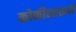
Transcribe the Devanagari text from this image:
कोकीलारूपी